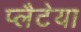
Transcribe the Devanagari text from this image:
प्लैटेया